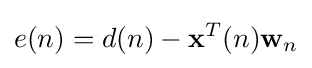
e(n)=d(n)-\mathbf {x} ^{T}(n)\mathbf {w} _{n}